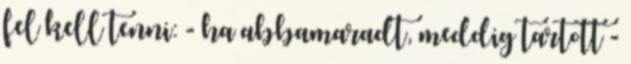
fel kell tenni: - ha abbamaradt, meddig tartott -